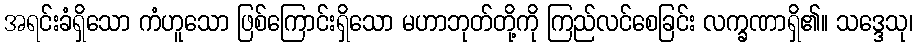
အရင်းခံရှိသော ကံဟူသော ဖြစ်ကြောင်းရှိသော မဟာဘုတ်တို့ကို ကြည်လင်စေခြင်း လက္ခဏာရှိ၏။ သဒ္ဒေသု၊